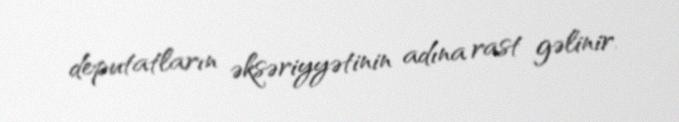
deputatların əksəriyyətinin adına rast gəlinir.